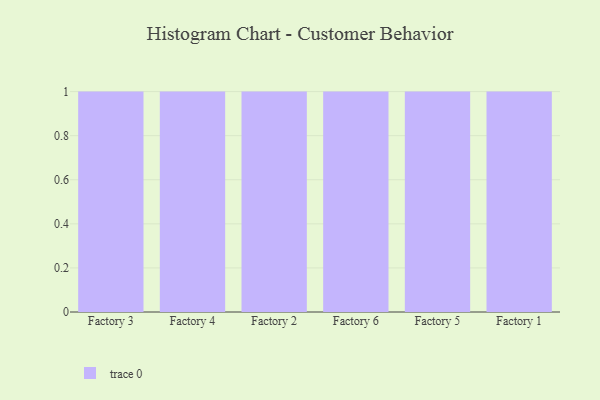
{"axis": {"x": "Factory", "y": "Bounce Rate (%)"}, "legend": [""], "data": [{"x": "Factory 3", "y": 29, "type": ""}, {"x": "Factory 4", "y": 27, "type": ""}, {"x": "Factory 2", "y": 19, "type": ""}, {"x": "Factory 6", "y": 31, "type": ""}, {"x": "Factory 5", "y": 74, "type": ""}, {"x": "Factory 1", "y": 78, "type": ""}]}